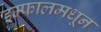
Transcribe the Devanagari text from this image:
इम्फालमधून